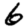
Digit: 6